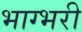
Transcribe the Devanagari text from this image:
भाग्भरी